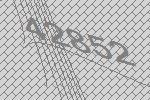
42852